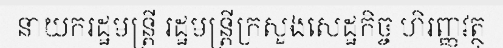
នាយករដ្ឋមន្ត្រី រដ្ឋមន្ត្រីក្រសួងសេដ្ឋកិច្ច ហិរញ្ញវត្ថុ